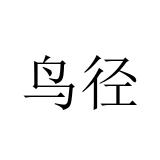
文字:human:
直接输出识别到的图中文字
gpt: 鸟径